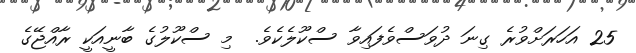
25 އަހަރަށްވުރެ ގިނަ ދުވަސްވެފައިވާ ސްކޫލެކެވެ.  މި ސްކޫލުގެ ބާނީއަކީ ރާއްޖޭގެ